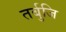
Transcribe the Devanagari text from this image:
तर्बुजि